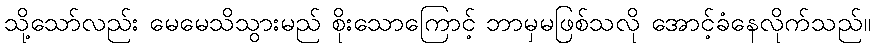
သို့သော်လည်း မေမေသိသွားမည် စိုးသောကြောင့် ဘာမှမဖြစ်သလို အောင့်ခံနေလိုက်သည်။